Insane asylums in Bengal annual reports 1867-1875 - 1867-1875
Year: 1867
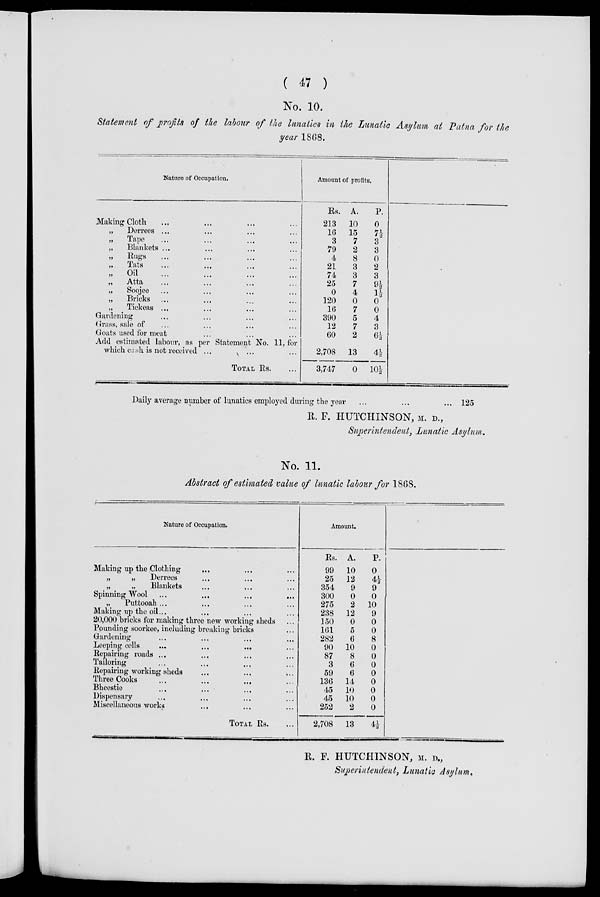
( 47 )
No. 10.
Statement of profits of the labour of the lunatics in the Lunatic Asylum at Patna for the
year 1868.
Nature of Occupation.
Making Cloth ... ... ... ...
„
Derrees ... ... ... ...
„
Tape ... ... ... ...
„
Blankets ... ... ... ...
„
Rugs ... ... ... ...
„ Tats ... ... ... ...
„
Oil ... ... ... ...
„
Atta ... ... ... ...
„
Soojee ... ... ... ...
„
Bricks ... ... ... ...
„
Tickeas ... ... ... ... ...
Gardening ... ... ... ...
Grass, sale of ... ... ... ...
Goats used for meat ... ... ...
Add estimated labour, as per Statement No. 11, for
which cash is not received ... ... ...
TOTAL RS. ...
Amount of profits.
Rs.
213
16
3
79
4
21
74
25
0
120
16
390
12
60
2,708
3,747
A.
10
15
7
2
8
3
3
7
4
0
7
5
7
2
13
0
P.
0
7½
3
3
0
2
3
9½
1½
0
0
4
3
6½
4½
10½
Daily average number of lunatics employed during the year
125
R. F. HUTCHINSON, M. D.,
Superintendent, Lunatic Asylum,
No. 11.
Abstract of estimated value of lunatic labour for 1868.
Nature of Occupation.
Making up the Clothing ... ... ...
„
„
Derrees ... ... ...
„
„
Blankets ... ... ...
Spinning Wool ... ... ... ...
„
Puttooah... ... ... ...
Making up the oil... ... ... ...
20,000 bricks for making three new working sheds ...
Pounding soorkee, including breaking bricks ...
Gardening ............
Leeping cells ............
Repairing roads ............
Tailoring ............
Repairing working sheds .........
Three Cooks
...
...
...
Bheestie
...
.........
Dispensary ............
Miscellaneous works ............
TOTAL RS. ...
Amount.
Rs.
99
25
354
300
275
238
150
161
282
90
87
3
59
136
45
45
252
2,708
A.
10
12
9
0
2
12
0
5
6
10
8
6
6
14
10
10
2
13
P.
0
4½
9
0
10
9
0
0
8
0
0
0
0
0
0
0
0
4½
R. F. HUTCHINSON, M. D.,
Superintendent, Lunatic Asylum.